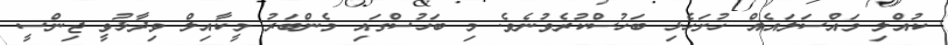
ކުއްލި މައްސަލައެއް ހުށަހެޅި ބަހުސްކުރެވުނެވެ. މި ބަހުސްގައި މެންބަރު މީކާއިލް ވިދާޅުވީ ޖިންސީ